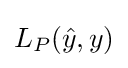
{\textstyle L_{P}({\hat {y}},y)}